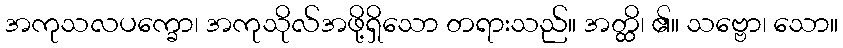
အကုသလပက္ခော၊ အကုသိုလ်အဖို့ရှိသော တရားသည်။ အတ္ထိ၊ ၏။ သဗ္ဗော၊ သော။